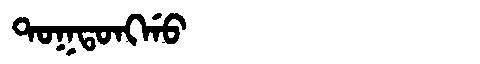
Manchu: ᡨᠣᡴᡨᠣᠩᡤᠣ
Romanization: TOKTONGGO